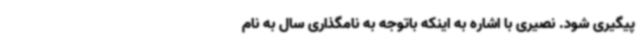
پیگیری شود. نصیری با اشاره به اینکه باتوجه به نامگذاری سال به نام